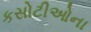
કસોટીઓના